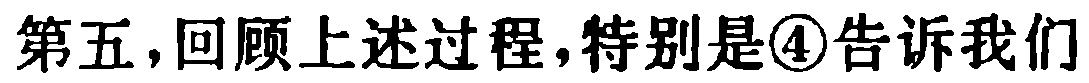
第五，回顾上述过程，特别是\textcircled{4}告诉我们